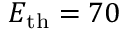
E _ { \mathrm { t h } } = 7 0